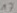
Text: 17